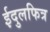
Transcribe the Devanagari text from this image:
ईदुलफित्र